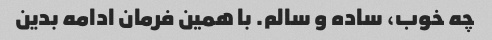
چه خوب، ساده و سالم. با همین فرمان ادامه بدین